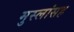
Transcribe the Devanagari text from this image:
मुस्लांसह